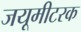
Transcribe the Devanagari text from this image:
जयूमीटरक